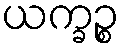
ယက္ခဉ္စ